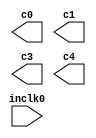
// megafunction wizard: %ALTPLL%VBB%
// GENERATION: STANDARD
// VERSION: WM1.0
// MODULE: altpll 

// ============================================================
// Megafunction Name(s):
// 			altpll
//
// Simulation Library Files(s):
// 			altera_mf
// ============================================================
// ************************************************************
// THIS IS A WIZARD-GENERATED FILE. DO NOT EDIT THIS FILE!
//
// 11.0 Build 157 04/27/2011 SJ Full Version
// ************************************************************

//Copyright (C) 1991-2011 Altera Corporation
//Your use of Altera Corporation's design tools, logic functions 
//and other software and tools, and its AMPP partner logic 
//functions, and any output files from any of the foregoing 
//(including device programming or simulation files), and any 
//associated documentation or information are expressly subject 
//to the terms and conditions of the Altera Program License 
//Subscription Agreement, Altera MegaCore Function License 
//Agreement, or other applicable license agreement, including, 
//without limitation, that your use is for the sole purpose of 
//programming logic devices manufactured by Altera and sold by 
//Altera or its authorized distributors.  Please refer to the 
//applicable agreement for further details.

module altpll0 (
	inclk0,
	c0,
	c1,
	c3,
	c4);

	input	  inclk0;
	output	  c0;
	output	  c1;
	output	  c3;
	output	  c4;

endmodule

// ============================================================
// CNX file retrieval info
// ============================================================
// Retrieval info: PRIVATE: ACTIVECLK_CHECK STRING "0"
// Retrieval info: PRIVATE: BANDWIDTH STRING "1.000"
// Retrieval info: PRIVATE: BANDWIDTH_FEATURE_ENABLED STRING "1"
// Retrieval info: PRIVATE: BANDWIDTH_FREQ_UNIT STRING "MHz"
// Retrieval info: PRIVATE: BANDWIDTH_PRESET STRING "Low"
// Retrieval info: PRIVATE: BANDWIDTH_USE_AUTO STRING "1"
// Retrieval info: PRIVATE: BANDWIDTH_USE_PRESET STRING "0"
// Retrieval info: PRIVATE: CLKBAD_SWITCHOVER_CHECK STRING "0"
// Retrieval info: PRIVATE: CLKLOSS_CHECK STRING "0"
// Retrieval info: PRIVATE: CLKSWITCH_CHECK STRING "0"
// Retrieval info: PRIVATE: CNX_NO_COMPENSATE_RADIO STRING "0"
// Retrieval info: PRIVATE: CREATE_CLKBAD_CHECK STRING "0"
// Retrieval info: PRIVATE: CREATE_INCLK1_CHECK STRING "0"
// Retrieval info: PRIVATE: CUR_DEDICATED_CLK STRING "c0"
// Retrieval info: PRIVATE: CUR_FBIN_CLK STRING "c0"
// Retrieval info: PRIVATE: DEVICE_SPEED_GRADE STRING "6"
// Retrieval info: PRIVATE: DIV_FACTOR0 NUMERIC "27"
// Retrieval info: PRIVATE: DIV_FACTOR1 NUMERIC "1"
// Retrieval info: PRIVATE: DIV_FACTOR3 NUMERIC "5"
// Retrieval info: PRIVATE: DIV_FACTOR4 NUMERIC "27"
// Retrieval info: PRIVATE: DUTY_CYCLE0 STRING "50.00000000"
// Retrieval info: PRIVATE: DUTY_CYCLE1 STRING "50.00000000"
// Retrieval info: PRIVATE: DUTY_CYCLE3 STRING "50.00000000"
// Retrieval info: PRIVATE: DUTY_CYCLE4 STRING "50.00000000"
// Retrieval info: PRIVATE: EFF_OUTPUT_FREQ_VALUE0 STRING "100.000000"
// Retrieval info: PRIVATE: EFF_OUTPUT_FREQ_VALUE1 STRING "100.000000"
// Retrieval info: PRIVATE: EFF_OUTPUT_FREQ_VALUE3 STRING "10.000000"
// Retrieval info: PRIVATE: EFF_OUTPUT_FREQ_VALUE4 STRING "14.814815"
// Retrieval info: PRIVATE: EXPLICIT_SWITCHOVER_COUNTER STRING "0"
// Retrieval info: PRIVATE: EXT_FEEDBACK_RADIO STRING "0"
// Retrieval info: PRIVATE: GLOCKED_COUNTER_EDIT_CHANGED STRING "1"
// Retrieval info: PRIVATE: GLOCKED_FEATURE_ENABLED STRING "0"
// Retrieval info: PRIVATE: GLOCKED_MODE_CHECK STRING "0"
// Retrieval info: PRIVATE: GLOCK_COUNTER_EDIT NUMERIC "1048575"
// Retrieval info: PRIVATE: HAS_MANUAL_SWITCHOVER STRING "1"
// Retrieval info: PRIVATE: INCLK0_FREQ_EDIT STRING "50.000"
// Retrieval info: PRIVATE: INCLK0_FREQ_UNIT_COMBO STRING "MHz"
// Retrieval info: PRIVATE: INCLK1_FREQ_EDIT STRING "100.000"
// Retrieval info: PRIVATE: INCLK1_FREQ_EDIT_CHANGED STRING "1"
// Retrieval info: PRIVATE: INCLK1_FREQ_UNIT_CHANGED STRING "1"
// Retrieval info: PRIVATE: INCLK1_FREQ_UNIT_COMBO STRING "MHz"
// Retrieval info: PRIVATE: INTENDED_DEVICE_FAMILY STRING "Cyclone IV E"
// Retrieval info: PRIVATE: INT_FEEDBACK__MODE_RADIO STRING "1"
// Retrieval info: PRIVATE: LOCKED_OUTPUT_CHECK STRING "0"
// Retrieval info: PRIVATE: LONG_SCAN_RADIO STRING "1"
// Retrieval info: PRIVATE: LVDS_MODE_DATA_RATE STRING "Not Available"
// Retrieval info: PRIVATE: LVDS_MODE_DATA_RATE_DIRTY NUMERIC "0"
// Retrieval info: PRIVATE: LVDS_PHASE_SHIFT_UNIT0 STRING "deg"
// Retrieval info: PRIVATE: LVDS_PHASE_SHIFT_UNIT1 STRING "deg"
// Retrieval info: PRIVATE: LVDS_PHASE_SHIFT_UNIT3 STRING "ps"
// Retrieval info: PRIVATE: LVDS_PHASE_SHIFT_UNIT4 STRING "ps"
// Retrieval info: PRIVATE: MIG_DEVICE_SPEED_GRADE STRING "Any"
// Retrieval info: PRIVATE: MIRROR_CLK0 STRING "0"
// Retrieval info: PRIVATE: MIRROR_CLK1 STRING "0"
// Retrieval info: PRIVATE: MIRROR_CLK3 STRING "0"
// Retrieval info: PRIVATE: MIRROR_CLK4 STRING "0"
// Retrieval info: PRIVATE: MULT_FACTOR0 NUMERIC "8"
// Retrieval info: PRIVATE: MULT_FACTOR1 NUMERIC "2"
// Retrieval info: PRIVATE: MULT_FACTOR3 NUMERIC "1"
// Retrieval info: PRIVATE: MULT_FACTOR4 NUMERIC "8"
// Retrieval info: PRIVATE: NORMAL_MODE_RADIO STRING "1"
// Retrieval info: PRIVATE: OUTPUT_FREQ0 STRING "100.00000000"
// Retrieval info: PRIVATE: OUTPUT_FREQ1 STRING "100.00000000"
// Retrieval info: PRIVATE: OUTPUT_FREQ3 STRING "10.00000000"
// Retrieval info: PRIVATE: OUTPUT_FREQ4 STRING "14.74560000"
// Retrieval info: PRIVATE: OUTPUT_FREQ_MODE0 STRING "1"
// Retrieval info: PRIVATE: OUTPUT_FREQ_MODE1 STRING "0"
// Retrieval info: PRIVATE: OUTPUT_FREQ_MODE3 STRING "0"
// Retrieval info: PRIVATE: OUTPUT_FREQ_MODE4 STRING "0"
// Retrieval info: PRIVATE: OUTPUT_FREQ_UNIT0 STRING "MHz"
// Retrieval info: PRIVATE: OUTPUT_FREQ_UNIT1 STRING "MHz"
// Retrieval info: PRIVATE: OUTPUT_FREQ_UNIT3 STRING "MHz"
// Retrieval info: PRIVATE: OUTPUT_FREQ_UNIT4 STRING "MHz"
// Retrieval info: PRIVATE: PHASE_RECONFIG_FEATURE_ENABLED STRING "1"
// Retrieval info: PRIVATE: PHASE_RECONFIG_INPUTS_CHECK STRING "0"
// Retrieval info: PRIVATE: PHASE_SHIFT0 STRING "0.00000000"
// Retrieval info: PRIVATE: PHASE_SHIFT1 STRING "3.00000000"
// Retrieval info: PRIVATE: PHASE_SHIFT3 STRING "0.00000000"
// Retrieval info: PRIVATE: PHASE_SHIFT4 STRING "0.00000000"
// Retrieval info: PRIVATE: PHASE_SHIFT_STEP_ENABLED_CHECK STRING "0"
// Retrieval info: PRIVATE: PHASE_SHIFT_UNIT0 STRING "deg"
// Retrieval info: PRIVATE: PHASE_SHIFT_UNIT1 STRING "ns"
// Retrieval info: PRIVATE: PHASE_SHIFT_UNIT3 STRING "ps"
// Retrieval info: PRIVATE: PHASE_SHIFT_UNIT4 STRING "ps"
// Retrieval info: PRIVATE: PLL_ADVANCED_PARAM_CHECK STRING "0"
// Retrieval info: PRIVATE: PLL_ARESET_CHECK STRING "0"
// Retrieval info: PRIVATE: PLL_AUTOPLL_CHECK NUMERIC "1"
// Retrieval info: PRIVATE: PLL_ENHPLL_CHECK NUMERIC "0"
// Retrieval info: PRIVATE: PLL_FASTPLL_CHECK NUMERIC "0"
// Retrieval info: PRIVATE: PLL_FBMIMIC_CHECK STRING "0"
// Retrieval info: PRIVATE: PLL_LVDS_PLL_CHECK NUMERIC "0"
// Retrieval info: PRIVATE: PLL_PFDENA_CHECK STRING "0"
// Retrieval info: PRIVATE: PLL_TARGET_HARCOPY_CHECK NUMERIC "0"
// Retrieval info: PRIVATE: PRIMARY_CLK_COMBO STRING "inclk0"
// Retrieval info: PRIVATE: RECONFIG_FILE STRING "altpll0.mif"
// Retrieval info: PRIVATE: SACN_INPUTS_CHECK STRING "0"
// Retrieval info: PRIVATE: SCAN_FEATURE_ENABLED STRING "1"
// Retrieval info: PRIVATE: SELF_RESET_LOCK_LOSS STRING "0"
// Retrieval info: PRIVATE: SHORT_SCAN_RADIO STRING "0"
// Retrieval info: PRIVATE: SPREAD_FEATURE_ENABLED STRING "0"
// Retrieval info: PRIVATE: SPREAD_FREQ STRING "50.000"
// Retrieval info: PRIVATE: SPREAD_FREQ_UNIT STRING "KHz"
// Retrieval info: PRIVATE: SPREAD_PERCENT STRING "0.500"
// Retrieval info: PRIVATE: SPREAD_USE STRING "0"
// Retrieval info: PRIVATE: SRC_SYNCH_COMP_RADIO STRING "0"
// Retrieval info: PRIVATE: STICKY_CLK0 STRING "1"
// Retrieval info: PRIVATE: STICKY_CLK1 STRING "1"
// Retrieval info: PRIVATE: STICKY_CLK3 STRING "1"
// Retrieval info: PRIVATE: STICKY_CLK4 STRING "1"
// Retrieval info: PRIVATE: SWITCHOVER_COUNT_EDIT NUMERIC "1"
// Retrieval info: PRIVATE: SWITCHOVER_FEATURE_ENABLED STRING "1"
// Retrieval info: PRIVATE: SYNTH_WRAPPER_GEN_POSTFIX STRING "0"
// Retrieval info: PRIVATE: USE_CLK0 STRING "1"
// Retrieval info: PRIVATE: USE_CLK1 STRING "1"
// Retrieval info: PRIVATE: USE_CLK3 STRING "1"
// Retrieval info: PRIVATE: USE_CLK4 STRING "1"
// Retrieval info: PRIVATE: USE_CLKENA0 STRING "0"
// Retrieval info: PRIVATE: USE_CLKENA1 STRING "0"
// Retrieval info: PRIVATE: USE_CLKENA3 STRING "0"
// Retrieval info: PRIVATE: USE_CLKENA4 STRING "0"
// Retrieval info: PRIVATE: USE_MIL_SPEED_GRADE NUMERIC "0"
// Retrieval info: PRIVATE: ZERO_DELAY_RADIO STRING "0"
// Retrieval info: LIBRARY: altera_mf altera_mf.altera_mf_components.all
// Retrieval info: CONSTANT: BANDWIDTH_TYPE STRING "AUTO"
// Retrieval info: CONSTANT: CLK0_DIVIDE_BY NUMERIC "1"
// Retrieval info: CONSTANT: CLK0_DUTY_CYCLE NUMERIC "50"
// Retrieval info: CONSTANT: CLK0_MULTIPLY_BY NUMERIC "2"
// Retrieval info: CONSTANT: CLK0_PHASE_SHIFT STRING "0"
// Retrieval info: CONSTANT: CLK1_DIVIDE_BY NUMERIC "1"
// Retrieval info: CONSTANT: CLK1_DUTY_CYCLE NUMERIC "50"
// Retrieval info: CONSTANT: CLK1_MULTIPLY_BY NUMERIC "2"
// Retrieval info: CONSTANT: CLK1_PHASE_SHIFT STRING "3000"
// Retrieval info: CONSTANT: CLK3_DIVIDE_BY NUMERIC "5"
// Retrieval info: CONSTANT: CLK3_DUTY_CYCLE NUMERIC "50"
// Retrieval info: CONSTANT: CLK3_MULTIPLY_BY NUMERIC "1"
// Retrieval info: CONSTANT: CLK3_PHASE_SHIFT STRING "0"
// Retrieval info: CONSTANT: CLK4_DIVIDE_BY NUMERIC "27"
// Retrieval info: CONSTANT: CLK4_DUTY_CYCLE NUMERIC "50"
// Retrieval info: CONSTANT: CLK4_MULTIPLY_BY NUMERIC "8"
// Retrieval info: CONSTANT: CLK4_PHASE_SHIFT STRING "0"
// Retrieval info: CONSTANT: COMPENSATE_CLOCK STRING "CLK0"
// Retrieval info: CONSTANT: INCLK0_INPUT_FREQUENCY NUMERIC "20000"
// Retrieval info: CONSTANT: INTENDED_DEVICE_FAMILY STRING "Cyclone IV E"
// Retrieval info: CONSTANT: LPM_TYPE STRING "altpll"
// Retrieval info: CONSTANT: OPERATION_MODE STRING "NORMAL"
// Retrieval info: CONSTANT: PLL_TYPE STRING "AUTO"
// Retrieval info: CONSTANT: PORT_ACTIVECLOCK STRING "PORT_UNUSED"
// Retrieval info: CONSTANT: PORT_ARESET STRING "PORT_UNUSED"
// Retrieval info: CONSTANT: PORT_CLKBAD0 STRING "PORT_UNUSED"
// Retrieval info: CONSTANT: PORT_CLKBAD1 STRING "PORT_UNUSED"
// Retrieval info: CONSTANT: PORT_CLKLOSS STRING "PORT_UNUSED"
// Retrieval info: CONSTANT: PORT_CLKSWITCH STRING "PORT_UNUSED"
// Retrieval info: CONSTANT: PORT_CONFIGUPDATE STRING "PORT_UNUSED"
// Retrieval info: CONSTANT: PORT_FBIN STRING "PORT_UNUSED"
// Retrieval info: CONSTANT: PORT_INCLK0 STRING "PORT_USED"
// Retrieval info: CONSTANT: PORT_INCLK1 STRING "PORT_UNUSED"
// Retrieval info: CONSTANT: PORT_LOCKED STRING "PORT_UNUSED"
// Retrieval info: CONSTANT: PORT_PFDENA STRING "PORT_UNUSED"
// Retrieval info: CONSTANT: PORT_PHASECOUNTERSELECT STRING "PORT_UNUSED"
// Retrieval info: CONSTANT: PORT_PHASEDONE STRING "PORT_UNUSED"
// Retrieval info: CONSTANT: PORT_PHASESTEP STRING "PORT_UNUSED"
// Retrieval info: CONSTANT: PORT_PHASEUPDOWN STRING "PORT_UNUSED"
// Retrieval info: CONSTANT: PORT_PLLENA STRING "PORT_UNUSED"
// Retrieval info: CONSTANT: PORT_SCANACLR STRING "PORT_UNUSED"
// Retrieval info: CONSTANT: PORT_SCANCLK STRING "PORT_UNUSED"
// Retrieval info: CONSTANT: PORT_SCANCLKENA STRING "PORT_UNUSED"
// Retrieval info: CONSTANT: PORT_SCANDATA STRING "PORT_UNUSED"
// Retrieval info: CONSTANT: PORT_SCANDATAOUT STRING "PORT_UNUSED"
// Retrieval info: CONSTANT: PORT_SCANDONE STRING "PORT_UNUSED"
// Retrieval info: CONSTANT: PORT_SCANREAD STRING "PORT_UNUSED"
// Retrieval info: CONSTANT: PORT_SCANWRITE STRING "PORT_UNUSED"
// Retrieval info: CONSTANT: PORT_clk0 STRING "PORT_USED"
// Retrieval info: CONSTANT: PORT_clk1 STRING "PORT_USED"
// Retrieval info: CONSTANT: PORT_clk2 STRING "PORT_UNUSED"
// Retrieval info: CONSTANT: PORT_clk3 STRING "PORT_USED"
// Retrieval info: CONSTANT: PORT_clk4 STRING "PORT_USED"
// Retrieval info: CONSTANT: PORT_clk5 STRING "PORT_UNUSED"
// Retrieval info: CONSTANT: PORT_clkena0 STRING "PORT_UNUSED"
// Retrieval info: CONSTANT: PORT_clkena1 STRING "PORT_UNUSED"
// Retrieval info: CONSTANT: PORT_clkena2 STRING "PORT_UNUSED"
// Retrieval info: CONSTANT: PORT_clkena3 STRING "PORT_UNUSED"
// Retrieval info: CONSTANT: PORT_clkena4 STRING "PORT_UNUSED"
// Retrieval info: CONSTANT: PORT_clkena5 STRING "PORT_UNUSED"
// Retrieval info: CONSTANT: PORT_extclk0 STRING "PORT_UNUSED"
// Retrieval info: CONSTANT: PORT_extclk1 STRING "PORT_UNUSED"
// Retrieval info: CONSTANT: PORT_extclk2 STRING "PORT_UNUSED"
// Retrieval info: CONSTANT: PORT_extclk3 STRING "PORT_UNUSED"
// Retrieval info: CONSTANT: WIDTH_CLOCK NUMERIC "5"
// Retrieval info: USED_PORT: @clk 0 0 5 0 OUTPUT_CLK_EXT VCC "@clk[4..0]"
// Retrieval info: USED_PORT: c0 0 0 0 0 OUTPUT_CLK_EXT VCC "c0"
// Retrieval info: USED_PORT: c1 0 0 0 0 OUTPUT_CLK_EXT VCC "c1"
// Retrieval info: USED_PORT: c3 0 0 0 0 OUTPUT_CLK_EXT VCC "c3"
// Retrieval info: USED_PORT: c4 0 0 0 0 OUTPUT_CLK_EXT VCC "c4"
// Retrieval info: USED_PORT: inclk0 0 0 0 0 INPUT_CLK_EXT GND "inclk0"
// Retrieval info: CONNECT: @inclk 0 0 1 1 GND 0 0 0 0
// Retrieval info: CONNECT: @inclk 0 0 1 0 inclk0 0 0 0 0
// Retrieval info: CONNECT: c0 0 0 0 0 @clk 0 0 1 0
// Retrieval info: CONNECT: c1 0 0 0 0 @clk 0 0 1 1
// Retrieval info: CONNECT: c3 0 0 0 0 @clk 0 0 1 3
// Retrieval info: CONNECT: c4 0 0 0 0 @clk 0 0 1 4
// Retrieval info: GEN_FILE: TYPE_NORMAL altpll0.v TRUE
// Retrieval info: GEN_FILE: TYPE_NORMAL altpll0.ppf TRUE
// Retrieval info: GEN_FILE: TYPE_NORMAL altpll0.inc FALSE
// Retrieval info: GEN_FILE: TYPE_NORMAL altpll0.cmp FALSE
// Retrieval info: GEN_FILE: TYPE_NORMAL altpll0.bsf TRUE
// Retrieval info: GEN_FILE: TYPE_NORMAL altpll0_inst.v FALSE
// Retrieval info: GEN_FILE: TYPE_NORMAL altpll0_bb.v TRUE
// Retrieval info: LIB_FILE: altera_mf
// Retrieval info: CBX_MODULE_PREFIX: ON